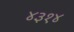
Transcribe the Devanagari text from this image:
४३१४